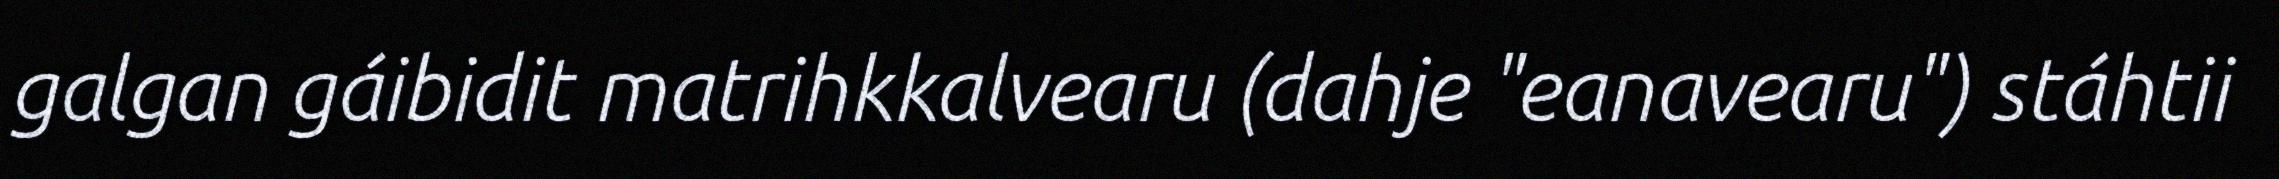
galgan gáibidit matrihkkalvearu (dahje "eanavearu") stáhtii